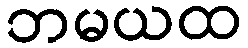
ဘမယထ